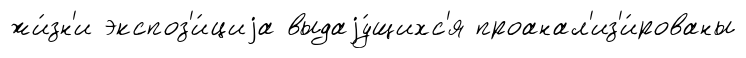
жи́зн'и экспоз'и́циjа выдаjу́щихс'я проанал'из'и́рованы